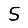
Digit: 5